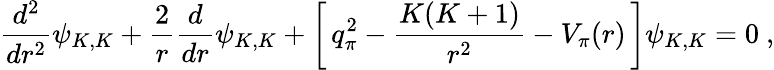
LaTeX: {\frac{d^{2}}{dr^{2}}}\psi_{K,K}+{\frac{2}{r}}{\frac{d}{dr}}\psi_{K,K}+\left[\, q_{\pi}^{2}-{\frac{K(K+1)}{r^{2}}}-V_{\pi}(r)\, \right]\psi_{K,K}=0\ ,